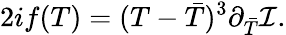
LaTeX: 2if(T)=(T-{\bar{T}})^{3}\partial_{\bar{T}}{\cal I}.